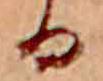
る